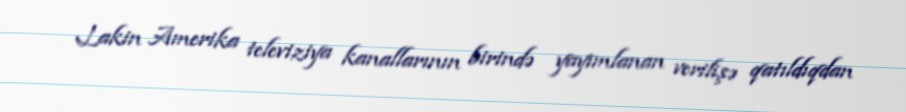
Lakin Amerika televiziya kanallarının birində yayımlanan verilişə qatıldıqdan